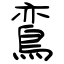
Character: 鵉